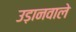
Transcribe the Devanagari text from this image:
उड़ानवाले